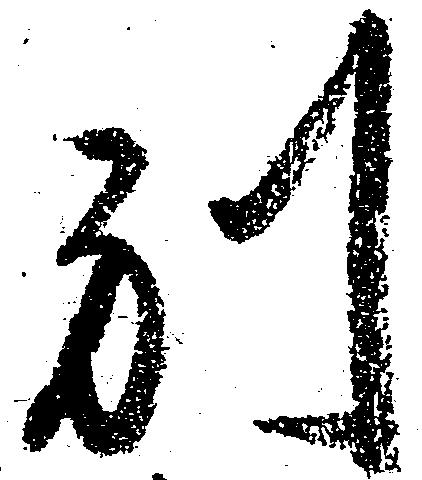
別